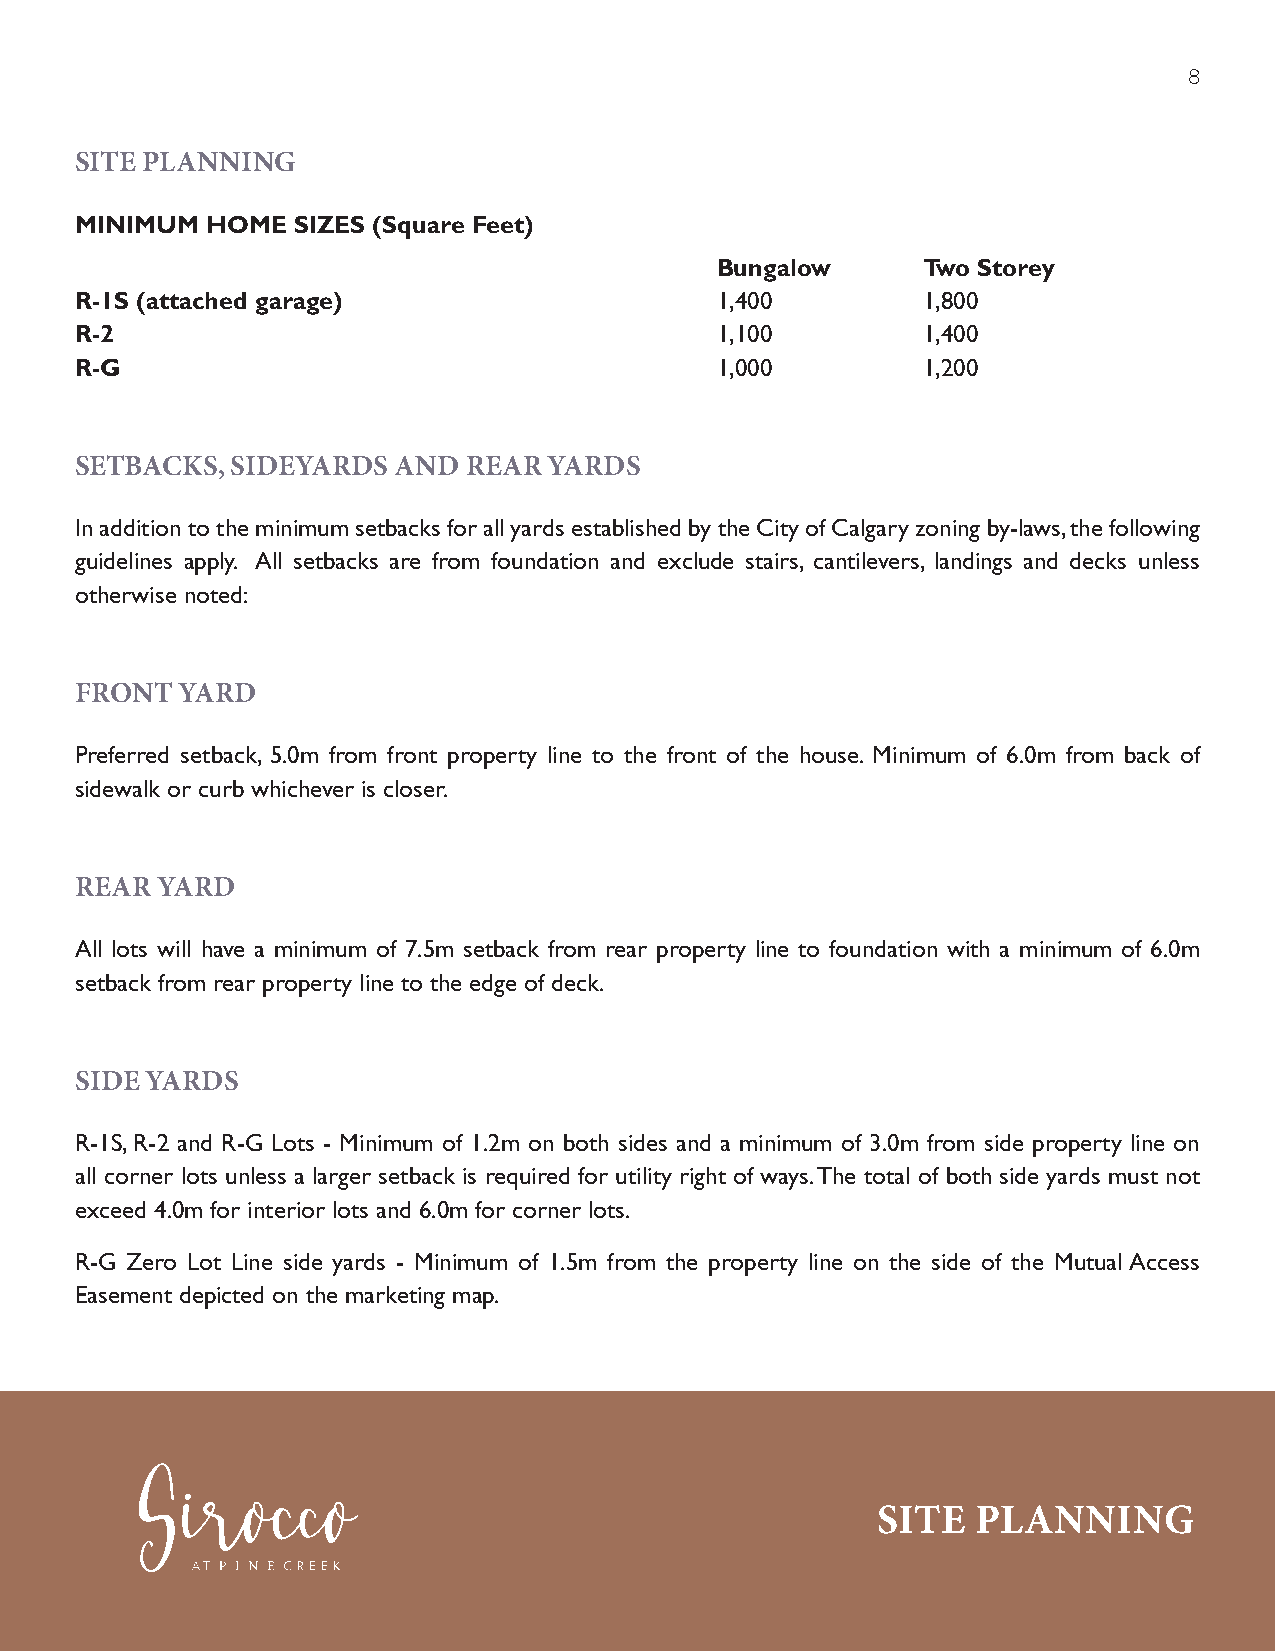
8
 SITE PLANNING
 MINIMUM  HOME SIZES (Square Feet)
 Bungalow      Two Storey
 R-1S (attached garage)                    1,400         1,800
 R-2                                       1,100         1,400
 R-G                                       1,000         1,200
 SETBACKS, SIDEYARDS  AND  REAR YARDS
 In addition to the minimum setbacks for all yards established by the City of Calgary zoning by-laws, the following
 guidelines apply. All setbacks are from foundation and exclude stairs, cantilevers, landings and decks unless
 otherwise noted:
 FRONT  YARD
 Preferred setback, 5.0m from front property line to the front of the house. Minimum of 6.0m from back of
 sidewalk or curb whichever is closer.
 REAR YARD
 All lots will have a minimum of 7.5m setback from rear property line to foundation with a minimum of 6.0m
 setback from rear property line to the edge of deck.
 SIDE YARDS
 R-1S, R-2 and R-G Lots - Minimum of 1.2m on both sides and a minimum of 3.0m from side property line on
 all corner lots unless a larger setback is required for utility right of ways. The total of both side yards must not
 exceed 4.0m for interior lots and 6.0m for corner lots.
 R-G Zero Lot Line side yards - Minimum of 1.5m from the property line on the side of the Mutual Access
 Easement depicted on the marketing map.
 SITE   PLANNING